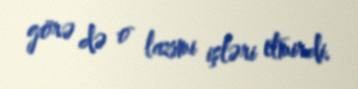
görə də o lazımi işləri etmirdi.